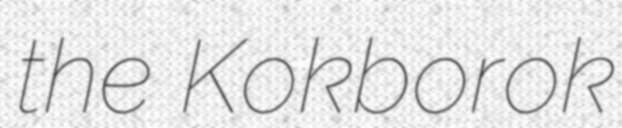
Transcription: the Kokborok